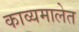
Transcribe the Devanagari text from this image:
काव्यमालेत